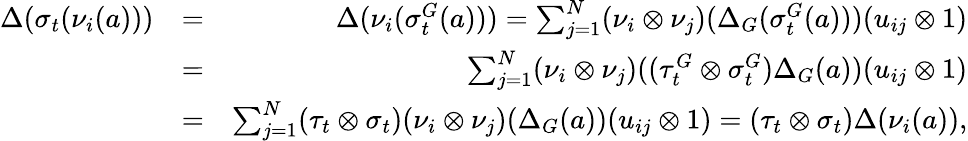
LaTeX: \begin{array}{rlr}{\Delta(\sigma_{t}(\nu_{i}(a)))}&{=}&{\Delta(\nu_{i}(\sigma_{t}^{G}(a)))=\sum_{j=1}^{N}(\nu_{i}\otimes\nu_{j})(\Delta_{G}(\sigma_{t}^{G}(a)))(u_{ij}\otimes 1)}\\ &{=}&{\sum_{j=1}^{N}(\nu_{i}\otimes\nu_{j})((\tau_{t}^{G}\otimes\sigma_{t}^{G})\Delta_{G}(a))(u_{ij}\otimes 1)}\\ &{=}&{\sum_{j=1}^{N}(\tau_{t}\otimes\sigma_{t})(\nu_{i}\otimes\nu_{j})(\Delta_{G}(a))(u_{ij}\otimes 1)=(\tau_{t}\otimes\sigma_{t})\Delta(\nu_{i}(a)),}\end{array}